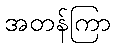
အတန်ကြာ